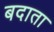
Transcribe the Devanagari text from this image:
बदाता